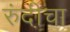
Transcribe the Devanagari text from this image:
रुंदी़चा